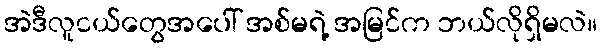
အဲဒီလူငယ်တွေအပေါ် အစ်မရဲ့ အမြင်က ဘယ်လိုရှိမလဲ။